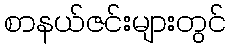
စာနယ်ဇင်းများတွင်